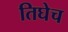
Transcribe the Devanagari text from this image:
तिघेच